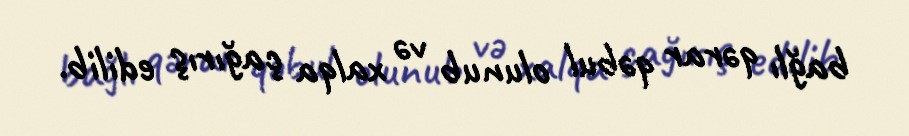
bağlı qərar qəbul olunub və xalqa çağırış edilib.